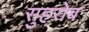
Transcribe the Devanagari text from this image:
सुहरोब